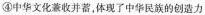
④中华文化兼收并答，体现了中华民族的创造力